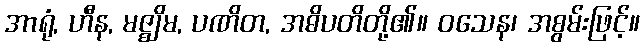
အာရုံ, ဟီန, မဇ္ဈိမ, ပဏိတ, အဓိပတိတို့၏။ ဝသေန၊ အစွမ်းဖြင့်။